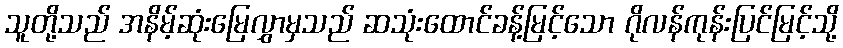
သူတို့သည် အနိမ့်ဆုံးမြေလွှာမှသည် ဆသုံးထောင်ခန့်မြင့်သော ဂိုလန်ကုန်းပြင်မြင့်သို့